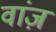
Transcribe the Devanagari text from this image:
वांज़